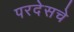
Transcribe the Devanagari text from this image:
परदेसचे